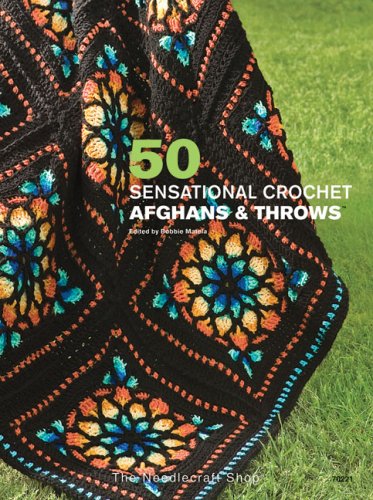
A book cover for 50 Sensational Crochet Afghans & Throws; Crafts, Hobbies & Home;